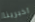
اخبرينا